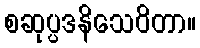
စဆုပ္ပဒနိသေဝိတာ။